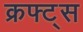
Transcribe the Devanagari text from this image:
क्रफ्ट्स